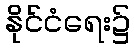
နိုင်ငံရေး၌